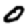
Digit: 0